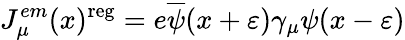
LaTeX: J_{\mu}^{em}(x)^{\mathrm{reg}}=e\overline{{{\psi}}}(x+\varepsilon)\gamma_{\mu}\psi(x-\varepsilon)